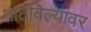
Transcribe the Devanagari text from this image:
पाठविल्यावर